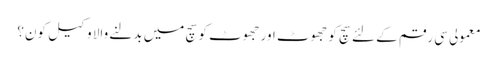
معمولی سی رقم کے لئے سچ کو جھوٹ اور جھوٹ کو سچ میں بدلنے والا وکیل کون؟